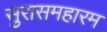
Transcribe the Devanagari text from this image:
सुरासमहारम